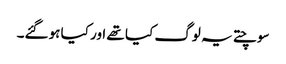
سوچتے یہ لوگ کیا تھے اور کیا ہوگئے۔